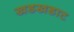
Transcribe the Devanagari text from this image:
खडखडाट